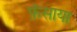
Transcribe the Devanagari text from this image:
फ़ंसाया